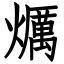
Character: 爄